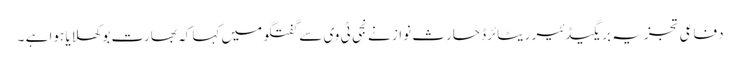
دفاعی تجزیہ بریگیڈئیر ریٹائرڈ حارث نواز نے نجی ٹی وی سے گفتگو میں کہا کہ بھارت بوکھلایا ہوا ہے ۔